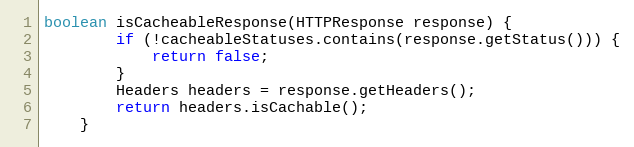
Language: Java
boolean isCacheableResponse(HTTPResponse response) {
        if (!cacheableStatuses.contains(response.getStatus())) {
            return false;
        }
        Headers headers = response.getHeaders();
        return headers.isCachable();
    }